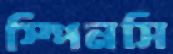
স্পিনসি